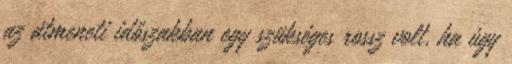
az átmeneti időszakban egy szükséges rossz volt, ha úgy